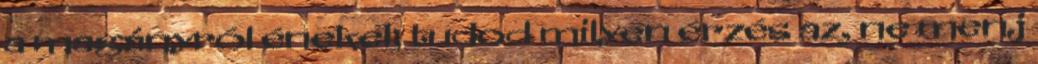
a magányról énekel; tudod milyen érzés az, ne menj